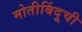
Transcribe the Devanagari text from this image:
मोतीबिंदूची